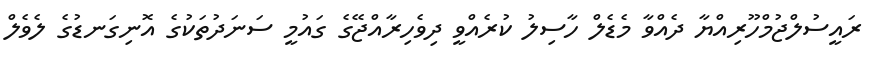
ރައީސުލްޖުމްހޫރިއްޔާ ދެއްވާ މެޑެލް ހާސިލު ކުރެއްވީ ދިވެހިރާއްޖޭގެ ގައުމީ ސަނަދުތަކުގެ އޮނިގަނޑުގެ ލެވެލް